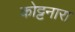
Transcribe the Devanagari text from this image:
कोट्टनारा